255_413270_UFO's_and_Defense_What_Should_we_Prepare_For
Agency: NASA
Page 88
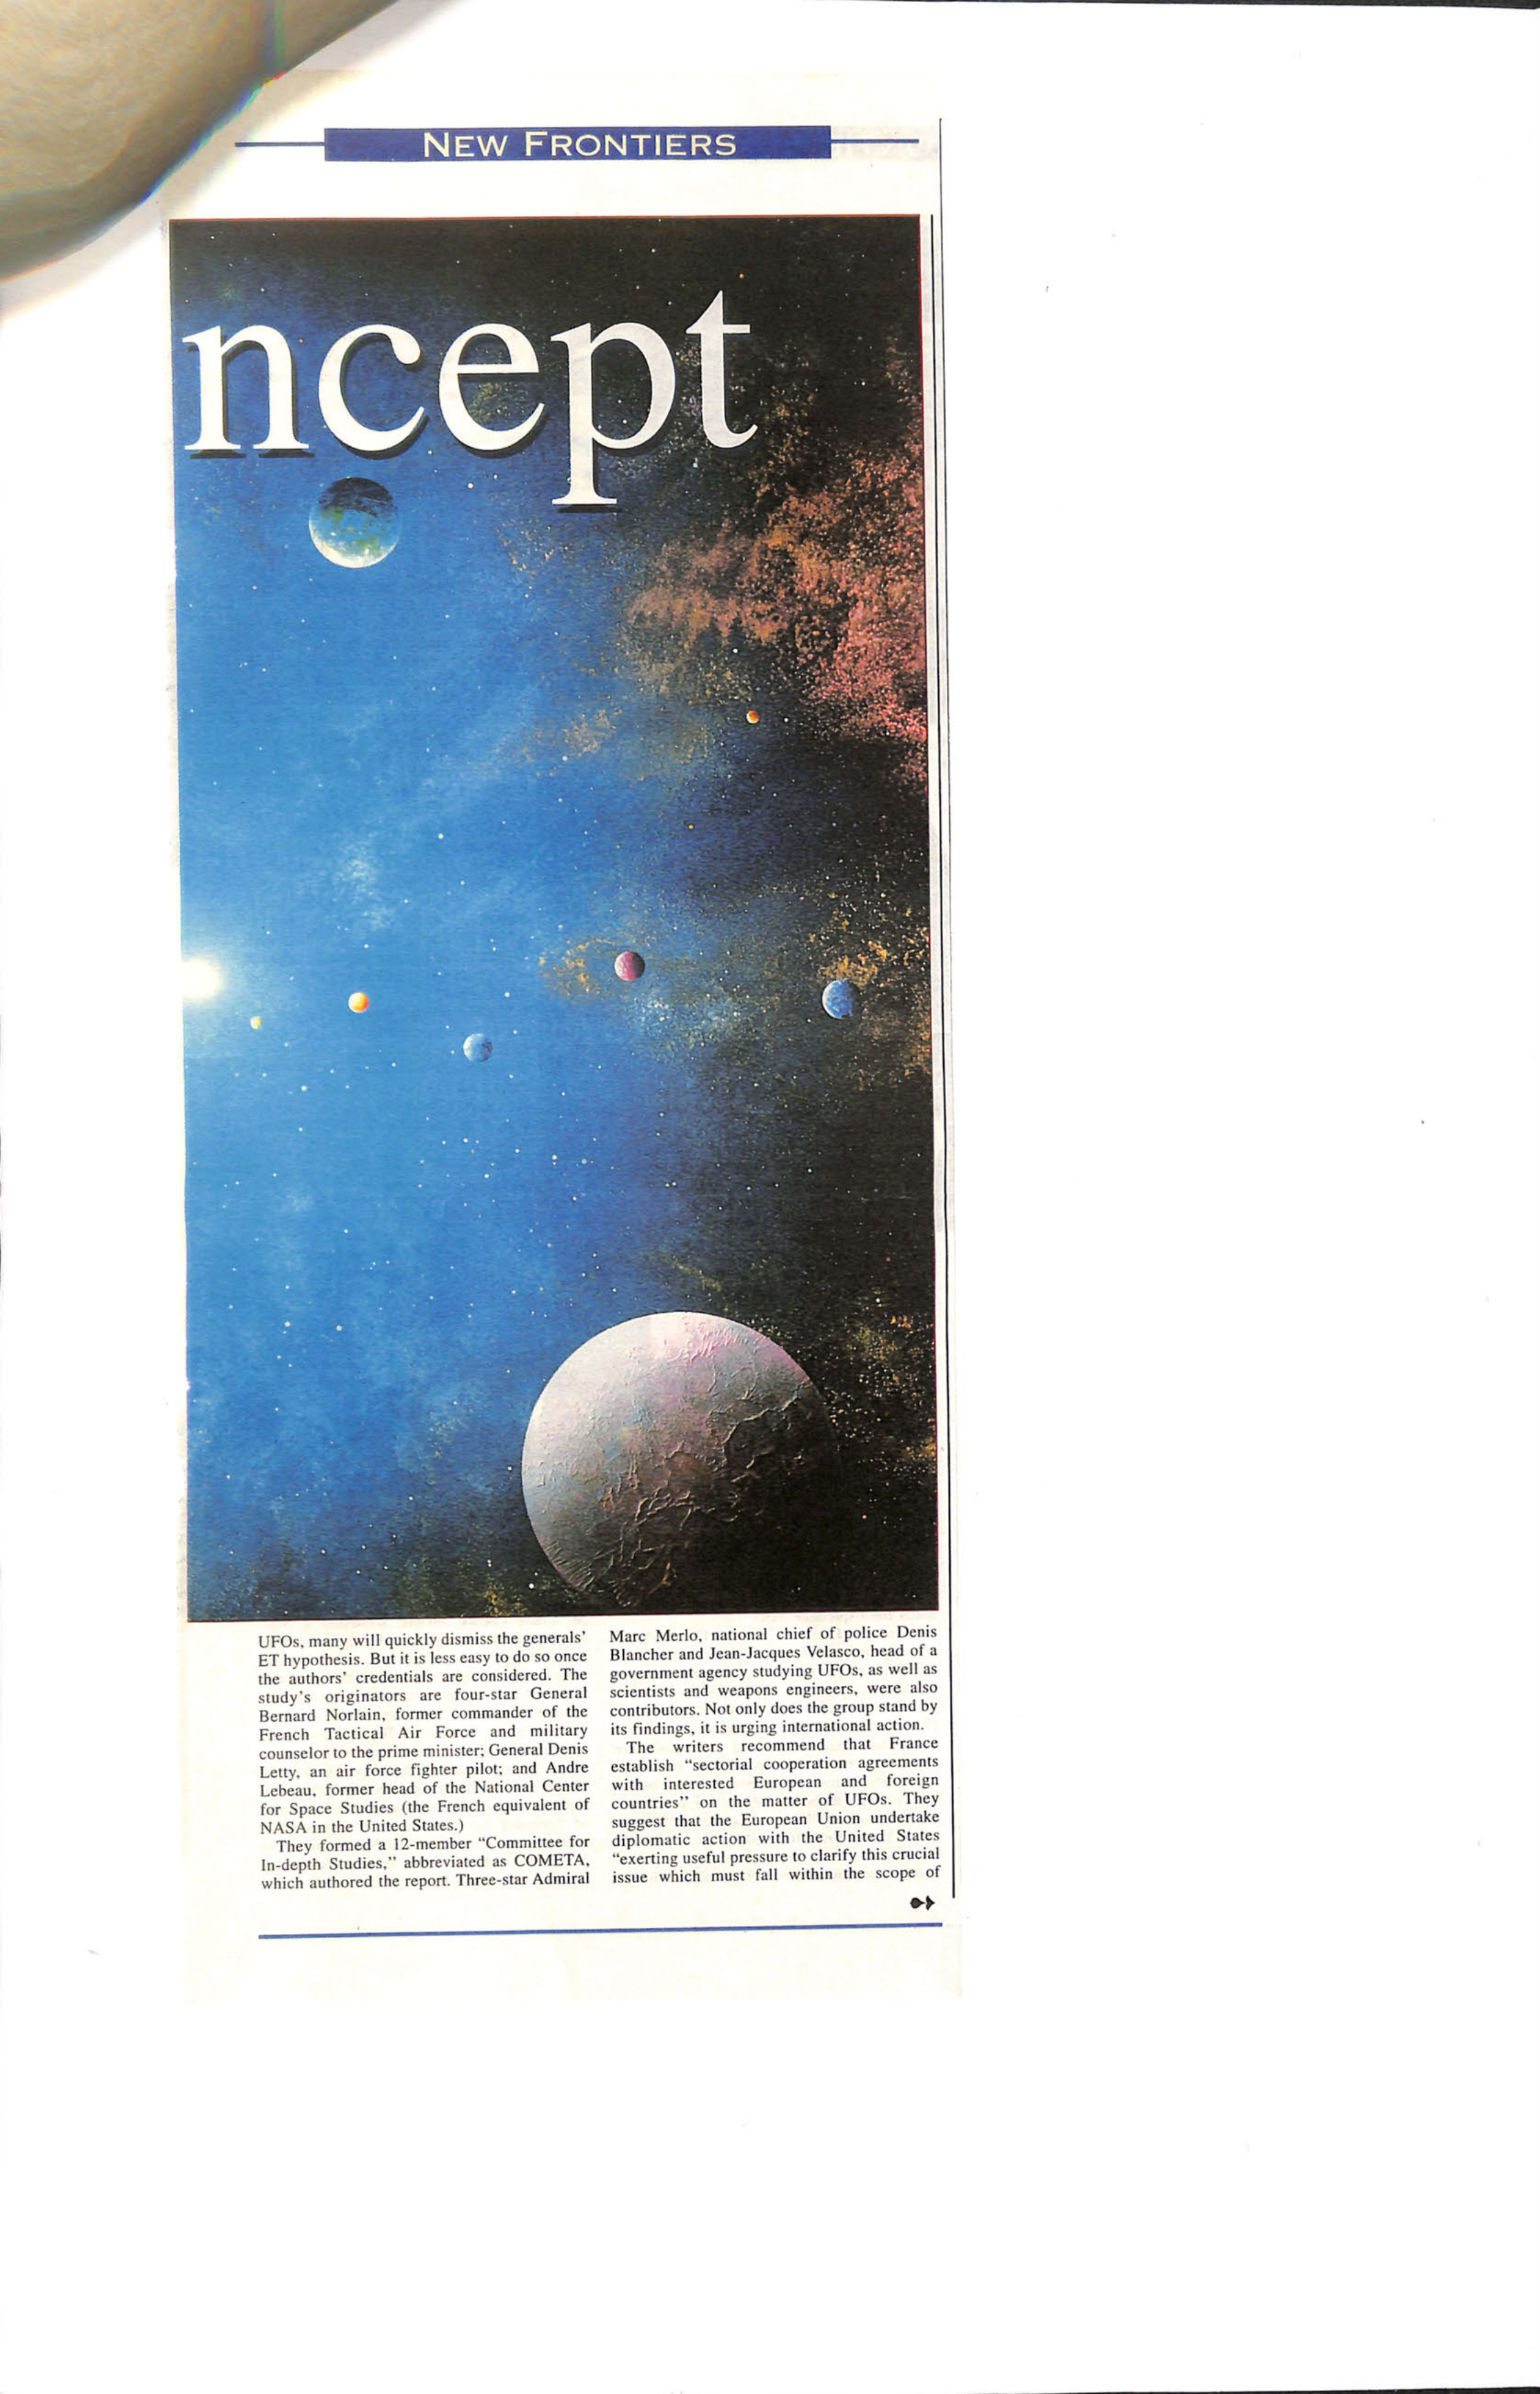